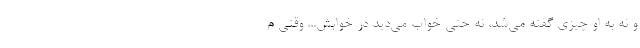
و نه به او چيزي گفته مي‌شد، نه حتي خواب مي‌ديد در خوابش... وقتي م